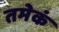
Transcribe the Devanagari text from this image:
तमेकं